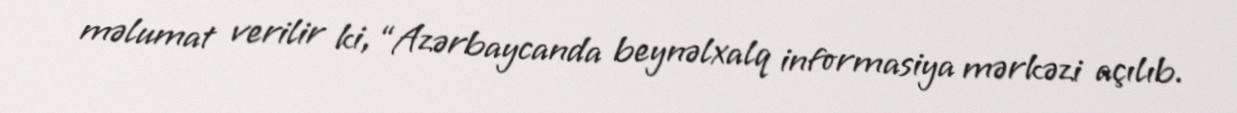
məlumat verilir ki, “Azərbaycanda beynəlxalq informasiya mərkəzi açılıb.